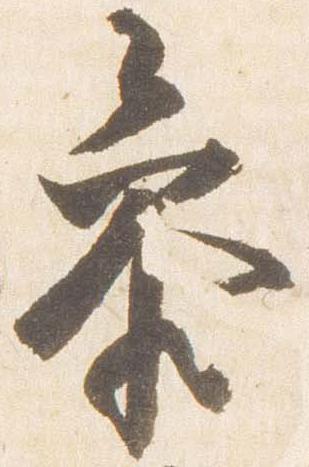
参